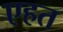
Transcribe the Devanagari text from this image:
एहत